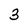
Character: 3